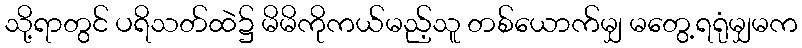
သို့ရာတွင် ပရိသတ်ထဲ၌ မိမိကိုကယ်မည့်သူ တစ်ယောက်မျှ မတွေ့ရရုံမျှမက